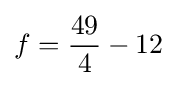
f={\frac {49}{4}}-12